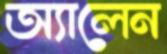
অ্যালেন